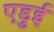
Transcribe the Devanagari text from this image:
एडुई